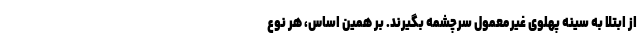
از ابتلا به سینه پهلوی غیرمعمول سرچشمه بگیرند. بر همین اساس، هر نوع